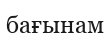
бағынам